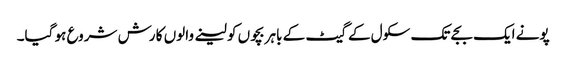
پونے ایک بجے تک سکول کے گیٹ کے باہر بچوں کو لینے والوں کا رش شروع ہو گیا۔